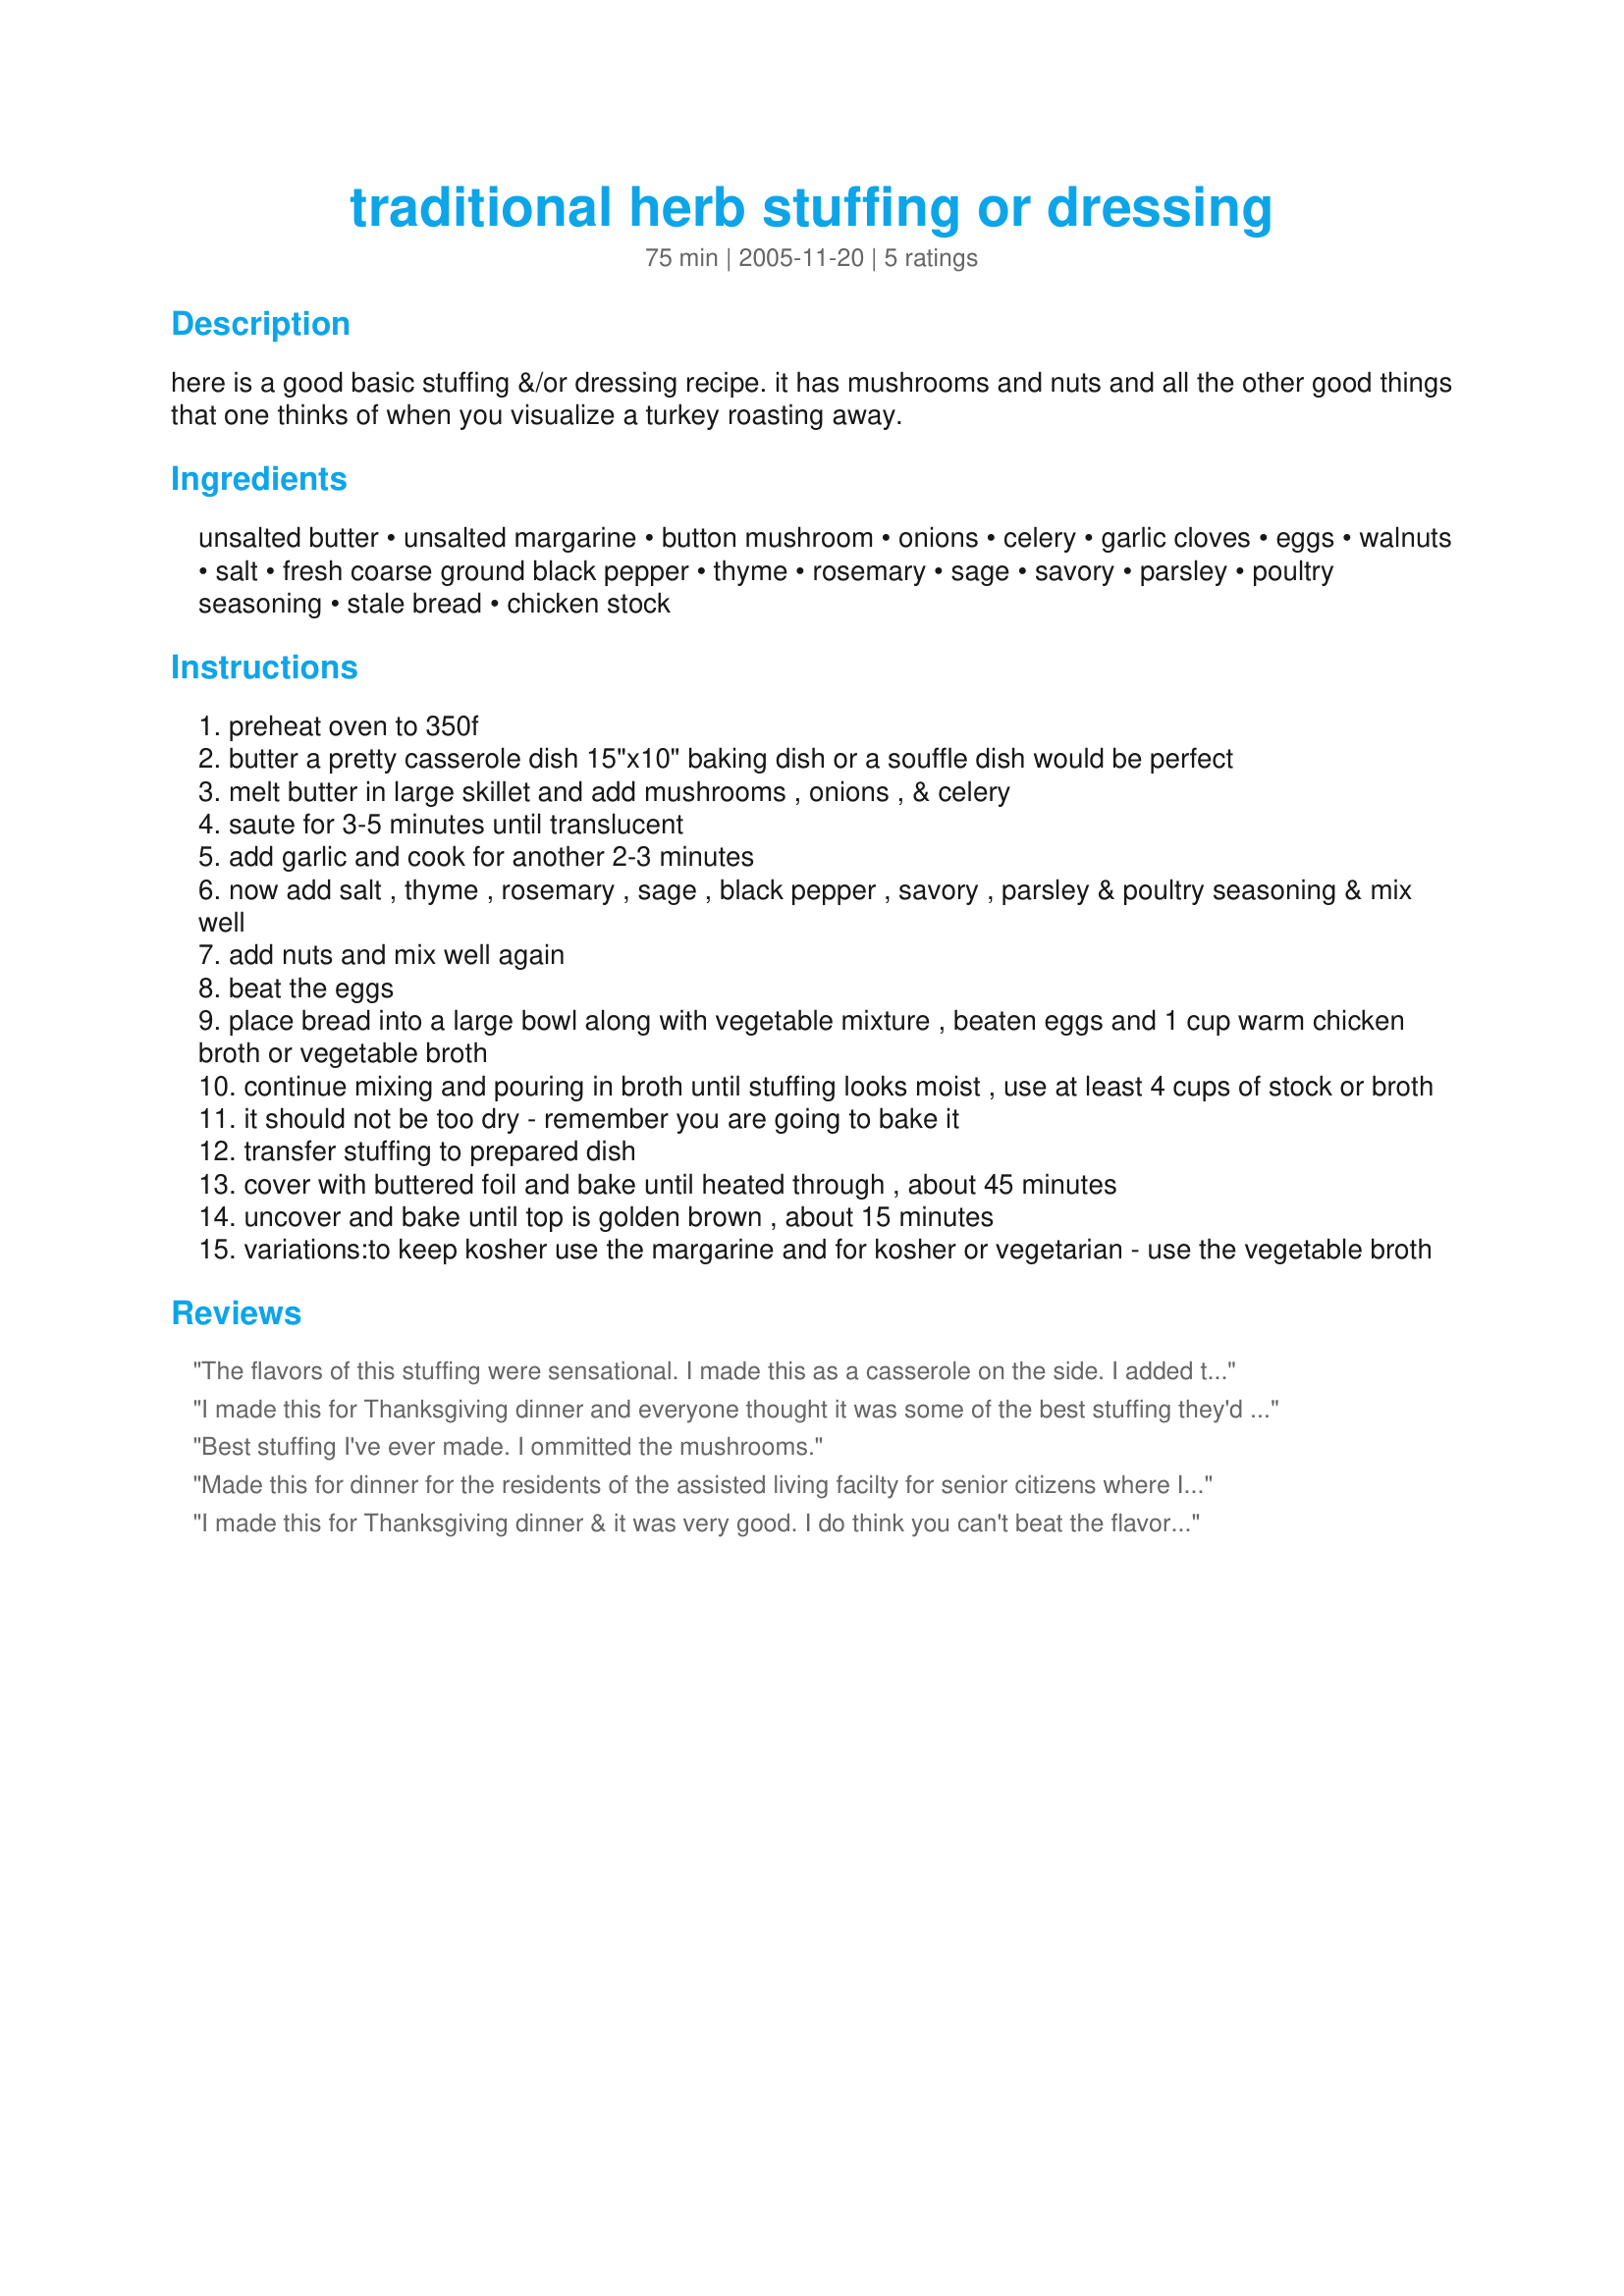
traditional herb stuffing or dressing
Preparation time: 75 minutes

here is a good basic stuffing &/or dressing recipe. it has mushrooms and nuts and all the other good things that one thinks of when you visualize a turkey roasting away.

Ingredients:
unsalted butter, unsalted margarine, button mushroom, onions, celery, garlic cloves, eggs, walnuts, salt, fresh coarse ground black pepper, thyme, rosemary, sage, savory, parsley, poultry seasoning, stale bread, chicken stock

Steps:
preheat oven to 350f
butter a pretty casserole dish 15"x10" baking dish or a souffle dish would be perfect
melt butter in large skillet and add mushrooms , onions , & celery
saute for 3-5 minutes until translucent
add garlic and cook for another 2-3 minutes
now add salt , thyme , rosemary , sage , black pepper , savory , parsley & poultry seasoning & mix well
add nuts and mix well again
beat the eggs
place bread into a large bowl along with vegetable mixture , beaten eggs and 1 cup warm chicken broth or vegetable broth
continue mixing and pouring in broth until stuffing looks moist , use at least 4 cups of stock or broth
it should not be too dry - remember you are going to bake it
transfer stuffing to prepared dish
cover with buttered foil and bake until heated through , about 45 minutes
uncover and bake until top is golden brown , about 15 minutes
variations:to keep kosher use the margarine and for kosher or vegetarian - use the vegetable broth

Reviews:
The flavors of this stuffing were sensational. I made this as a casserole on the side. I added too much chicken stock, so I had to add more bread to soak it up. I will make this a a side dish during the year!
I made this for Thanksgiving dinner and everyone thought it was some of the best stuffing they'd had!
Best stuffing I've ever made. I ommitted the mushrooms.
Made this for dinner for the residents of the assisted living facilty for senior citizens where I work. They loved it! We have some really picky folks here and this went over so well!!!! Served it with roast chicken and gravy! It really drew rave reviews, thanks so much for posting this. The combination of the herbs and spices really sets this apart from lots of other recipes I've tried! I've put this in my permanent work recipe file!
I made this for Thanksgiving dinner & it was very good. I do think you can't beat the flavor of actually stuffing the bird with the dressing, but I am trying to get away from this practice due to health concerns. This recipe held up well to scrutiny from my very skeptical family.
